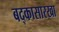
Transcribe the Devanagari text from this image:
बद्कासारखा